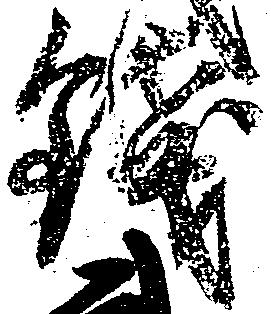
銭